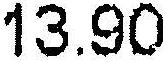
13.90